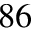
^ { 8 6 }